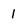
Character: 1